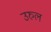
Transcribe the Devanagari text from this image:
उरुल